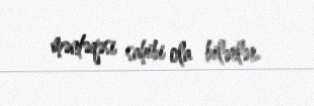
məntəqəsi sahibi ola bilərlər.